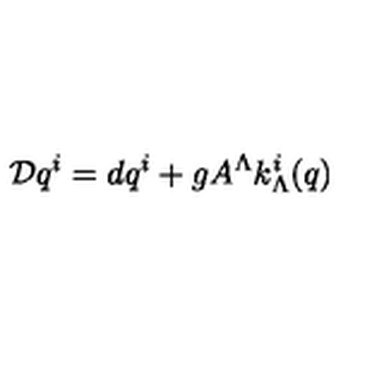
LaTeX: { \cal D } q ^ { i } = d q ^ { i } + g A ^ { \Lambda } k _ { \Lambda } ^ { i } ( q )